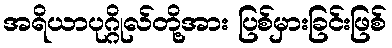
အရိယာပုဂ္ဂိုလ်တို့အား ပြစ်မှားခြင်းဖြစ်